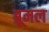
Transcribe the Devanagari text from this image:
ब्रूमल